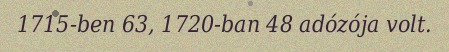
1715-ben 63, 1720-ban 48 adózója volt.